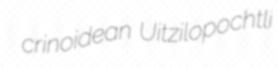
crinoidean Uitzilopochtli